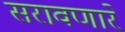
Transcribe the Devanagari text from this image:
सरावणारे